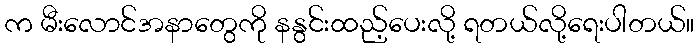
က မီးလောင်အနာတွေကို နနွင်းထည့်ပေးလို့ ရတယ်လို့ရေးပါတယ်။